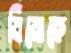
মিমোকে